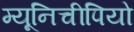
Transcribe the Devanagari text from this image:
म्यूनिचीपियो